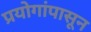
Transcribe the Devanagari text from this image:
प्रयोगांपासून